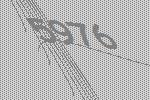
5976